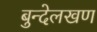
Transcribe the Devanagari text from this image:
बुन्देलखण